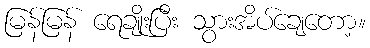
မြန်မြန် ရေချိုးပြီး သွားအိပ်ချေတော့။